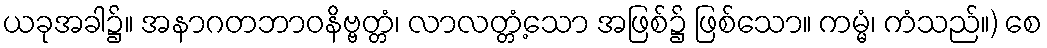
ယခုအခါ၌။ အနာဂတဘာဝနိဗ္ဗတ္တံ၊ လာလတ္တံ့သော အဖြစ်၌ ဖြစ်သော။ ကမ္မံ၊ ကံသည်။) စေ